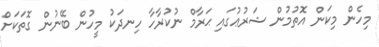
މިހެން މިކަން އޮތުމުން ޝަރުޢުގައި ޙަރާމް ނުކުރާހާ ހިނދަކު މީހުން ބޭނުން ގޮތަކަށް